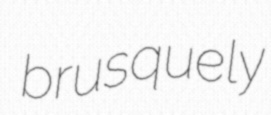
brusquely